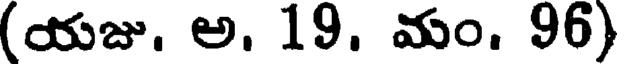
(యజు. అ. 19. మం. 96)